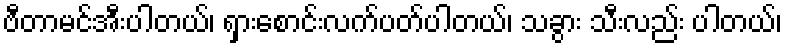
ဗီတာမင်အီးပါတယ်၊ ရှားစောင်းလက်ပတ်ပါတယ်၊ သခွား သီးလည်း ပါတယ်၊